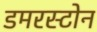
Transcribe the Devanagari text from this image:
डमरस्टोन